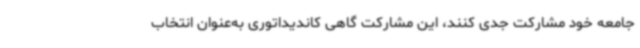
جامعه خود مشارکت جدی کنند، این مشارکت گاهی کاندیداتوری به‌عنوان انتخاب